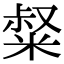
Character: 𥺤